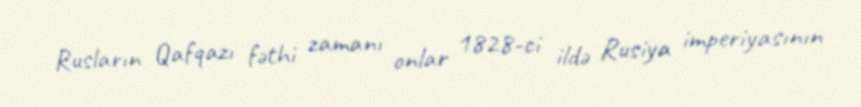
Rusların Qafqazı fəthi zamanı onlar 1828-ci ildə Rusiya imperiyasının